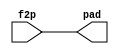
//
//--------------------------------------------------------------------------------
//          THIS FILE WAS AUTOMATICALLY GENERATED BY THE GENESIS2 ENGINE        
//  FOR MORE INFORMATION: OFER SHACHAM (CHIP GENESIS INC / STANFORD VLSI GROUP)
//    !! THIS VERSION OF GENESIS2 IS NOT FOR ANY COMMERCIAL USE !!
//     FOR COMMERCIAL LICENSE CONTACT SHACHAM@ALUMNI.STANFORD.EDU
//--------------------------------------------------------------------------------
//
//  
//	-----------------------------------------------
//	|            Genesis Release Info             |
//	|  $Change: 11904 $ --- $Date: 2013/08/03 $   |
//	-----------------------------------------------
//	
//
//  Source file: /Users/akashlevy/OneDrive - Levylab/Documents/Research/Hybrid-RRAM-NEMS/cgra/jade/pad_ring/fixed_io.vp
//  Source template: fixed_io
//
// --------------- Begin Pre-Generation Parameters Status Report ---------------
//
//	From 'generate' statement (priority=5):
// Parameter is_input 	= 0
//
//		---- ---- ---- ---- ---- ---- ---- ---- ---- ---- ----
//
//	From Command Line input (priority=4):
//
//		---- ---- ---- ---- ---- ---- ---- ---- ---- ---- ----
//
//	From XML input (priority=3):
//
//		---- ---- ---- ---- ---- ---- ---- ---- ---- ---- ----
//
//	From Config File input (priority=2):
//
// ---------------- End Pre-Generation Pramameters Status Report ----------------

// is_input (_GENESIS2_INHERITANCE_PRIORITY_) = 0
//


module fixed_io_unq2 (
output pad,
input f2p
);

  assign pad = f2p;


endmodule